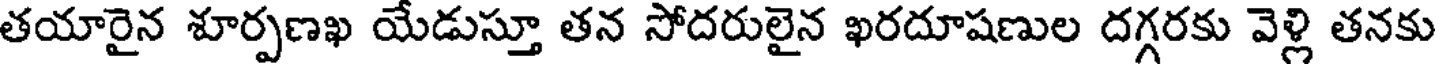
తయారైన శూర్పణఖ యేడుస్తూ తన సోదరులైన ఖరదూషణుల దగ్గరకు వెళ్లి తనకు